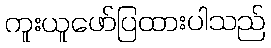
ကူးယူဖော်ပြထားပါသည်